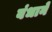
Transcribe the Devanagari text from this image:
बंधानें